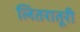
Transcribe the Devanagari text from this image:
लितरातूरी